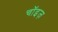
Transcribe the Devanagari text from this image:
चॉइज़